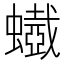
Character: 𧓥